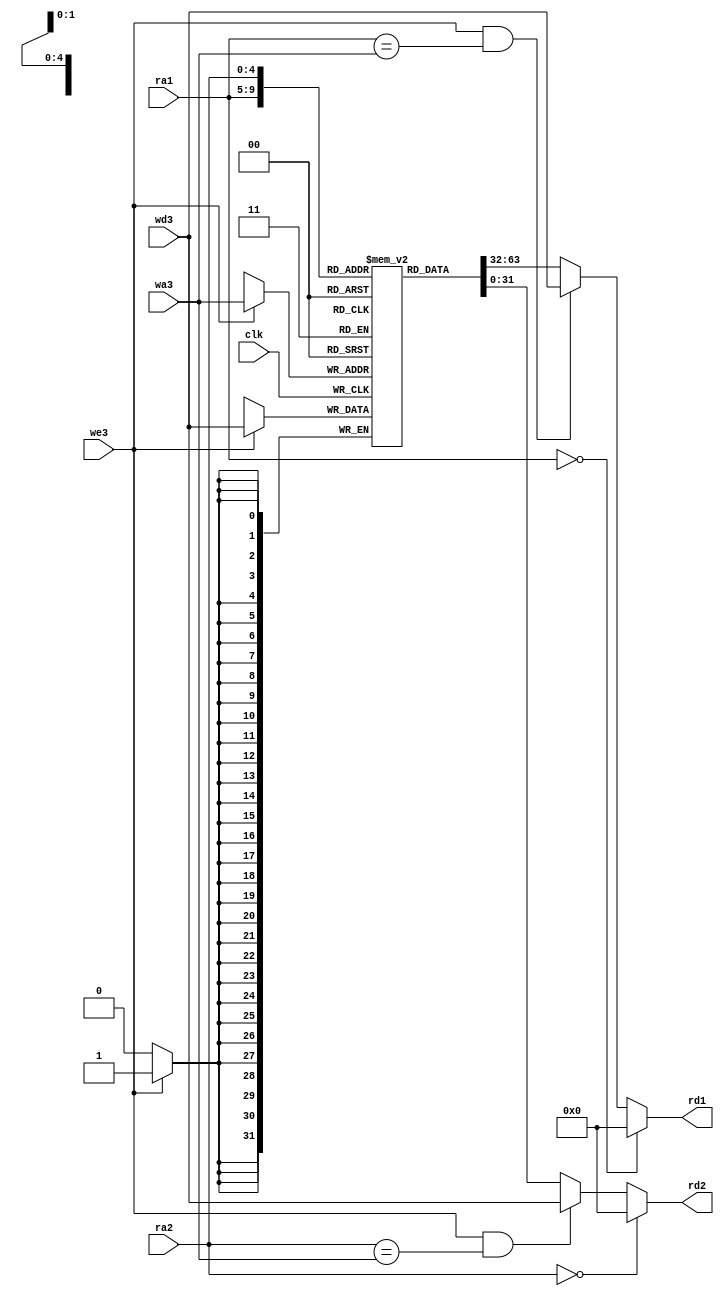
module regfile(input             clk, 
               input             we3, 
               input      [4:0]  ra1, ra2, wa3, 
               input      [31:0] wd3, 
//               output reg [31:0] rd1, rd2);
               output  [31:0] rd1, rd2);

  reg [31:0] rf[31:0];

  // three ported register file
  // read two ports combinationally
  // write third port on rising edge of clock
  // register 0 hardwired to 0

  // Bypasses stored value if we3 && wa3 == ra1 or wa3 == ra2

  always @(posedge clk)
    if (we3)
	   rf[wa3] <= wd3;	

  assign #50 rd1 = (ra1 == 0)? 0
                             : (we3 && (ra1 == wa3)) ? wd3
                                                     : rf[ra1];

  assign #50 rd2 = (ra2 == 0)? 0
                             : (we3 && (ra2 == wa3)) ? wd3
                                                     : rf[ra2];
/*
  always @(*) begin
      if (ra1 == 0)
          #50 rd1 = 0;
      else if (we3 && (ra1 == wa3))
          #50 rd1 = wd3;
      else
          #50 rd1 = rf[ra1];
  end

  always @(*) begin
      if (ra2 == 0)
          #50 rd2 = 0;
      else if (we3 && (ra2 == wa3))
          #50 rd2 = wd3;
      else
          #50 rd2 = rf[ra2];
  end
*/

endmodule